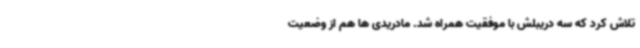
تلاش کرد که سه دریبلش با موفقیت همراه شد. مادریدی ها هم از وضعیت